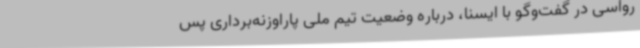
رواسی در گفت‌وگو با ایسنا، درباره وضعیت تیم ملی پاراوزنه‌برداری پس